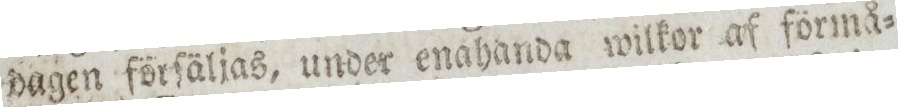
dagen förſäljas, under enahanda wilkor af förmå=